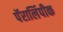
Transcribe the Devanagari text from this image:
पॅरालिंपीक